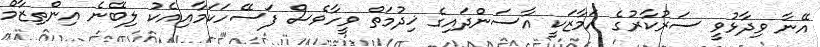
އޭނާ ވިދާޅުވީ ސަރުކާރުގެ އަމާޒަކީ އާސަންދައިގެ ޚިދުމަތް ވީހާވެސް ފަސޭހަކަމާއިއެކު ލިބޭނެ އިންތިޒާމް